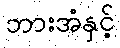
ဘားအံနှင့်